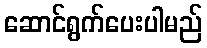
ဆောင်ရွက်ပေးပါမည်